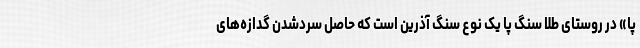
پا» در روستای طلا سنگ پا یک نوع سنگ آذرین است که حاصل سردشدن گدازه‌های